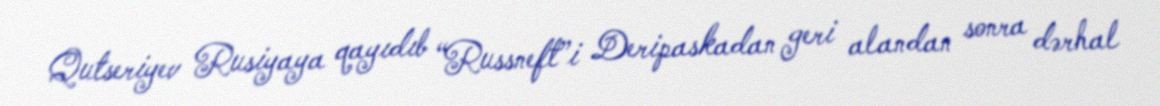
Qutseriyev Rusiyaya qayıdıb “Russneft”i Deripaskadan geri alandan sonra dərhal